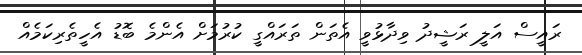
ރައީސް އަލީ ރަޝީދު ވިދާޅުވީ އެތަން ތަރައްގީ ކުރުމަށް އެންމެ ބޮޑު އެހީތެރިކަމެއް